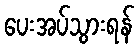
ပေးအပ်သွားရန်